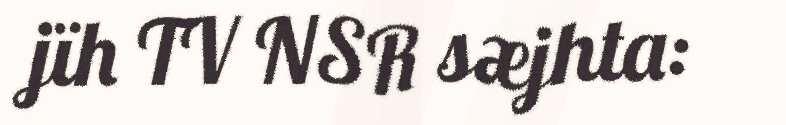
jïh TV NSR sæjhta: